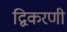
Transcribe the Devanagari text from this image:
द्विकरणी